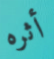
أثره